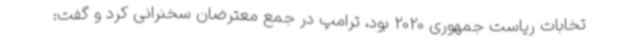
تخابات ریاست جمهوری 2020 بود، ترامپ در جمع معترضان سخنرانی کرد و گفت: